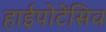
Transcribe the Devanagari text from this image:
हाईपोटेंसिव